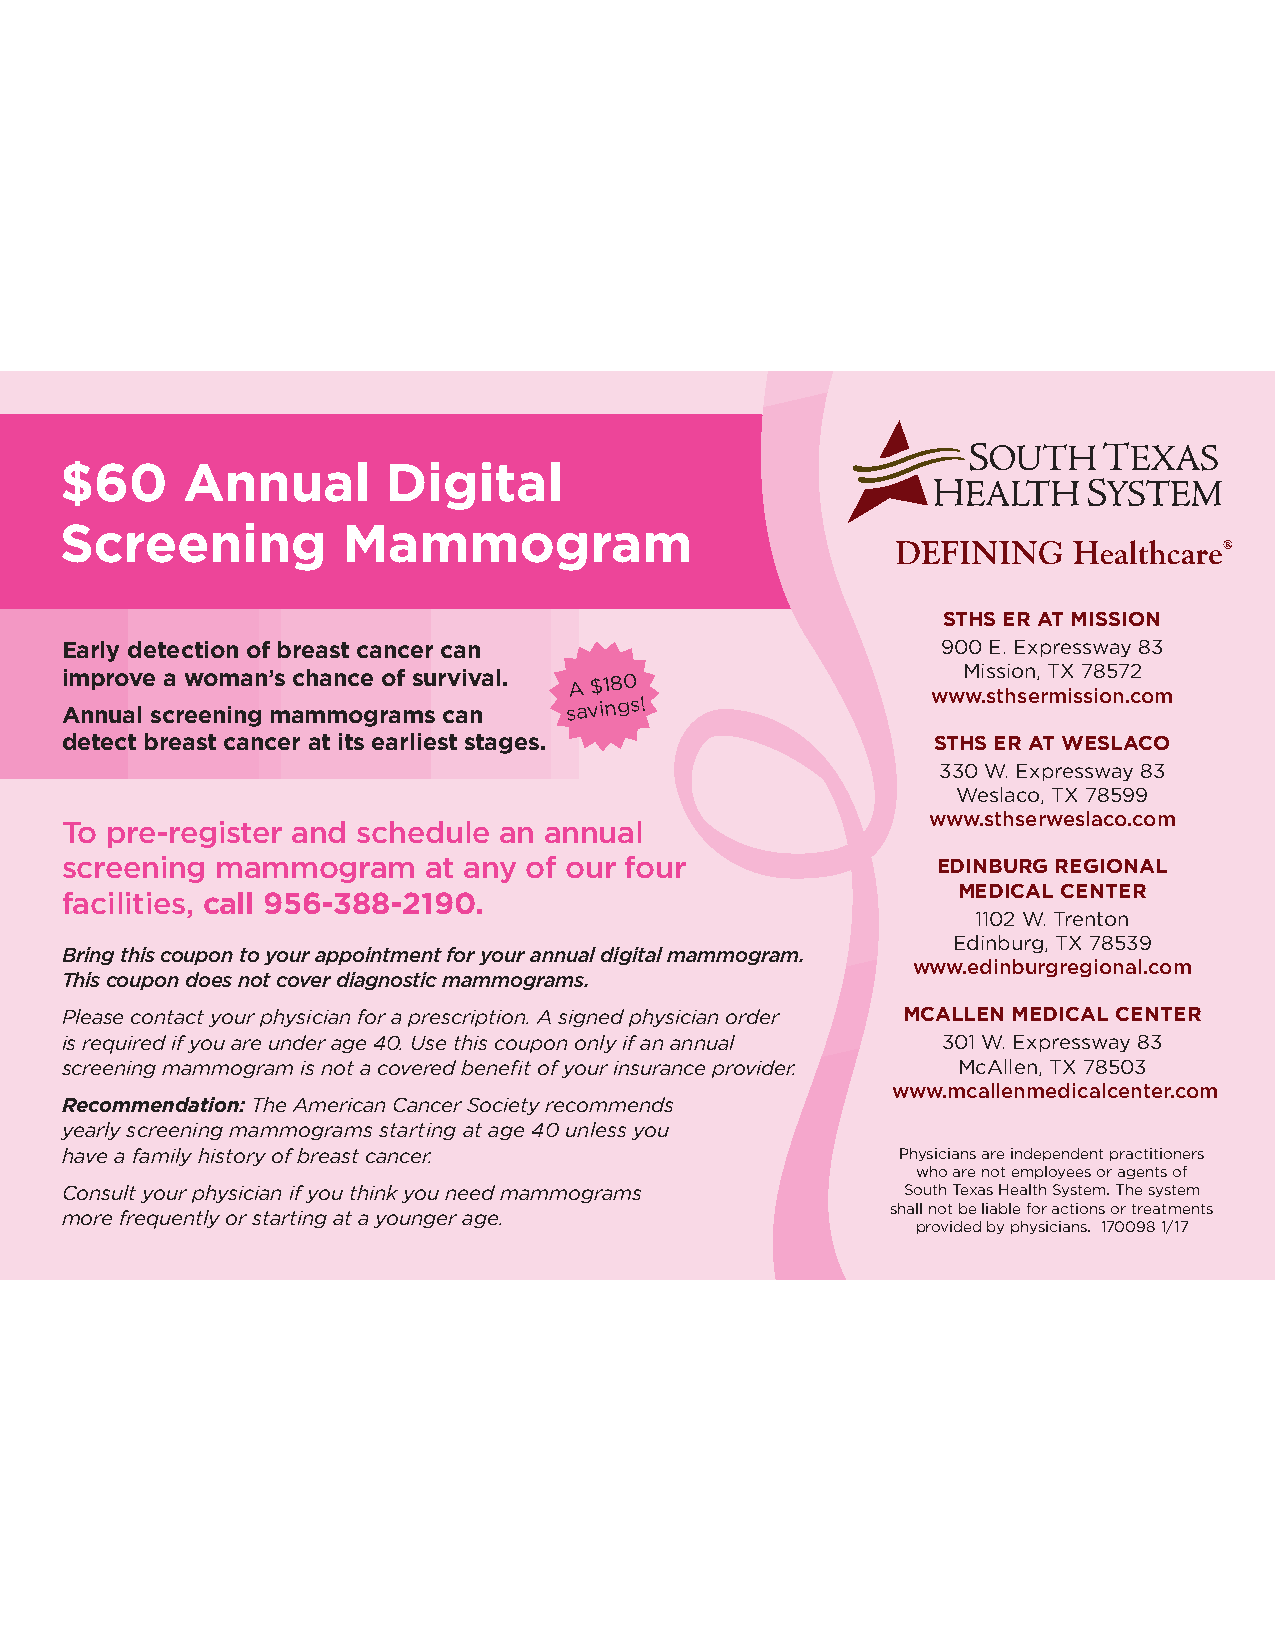
$60     Annual        Digital
 Screening          Mammogram
 STHS ER AT MISSION
 Early detection of breast cancer can                      900 E. Expressway 83
 improve a woman’s chance of survival.
 A
 $180                     Mission, TX 78572
 www.sthsermission.com
 Annual screening mammograms can
 savings!
 detect breast cancer at its earliest stages.              STHS ER AT WESLACO
 330 W. Expressway 83
 Weslaco, TX 78599
 www.sthserweslaco.com
 To pre-register and schedule an annual
 screening mammogram     at any of our four                EDINBURG REGIONAL
 MEDICAL CENTER
 facilities, call 956-388-2190.
 1102 W. Trenton
 Edinburg, TX 78539
 Bring this coupon to your appointment for your annual digital mammogram.
 www.edinburgregional.com
 This coupon does not cover diagnostic mammograms.
 Please contact your physician for a prescription. A signed physician order MCALLEN MEDICAL CENTER
 is required if you are under age 40. Use this coupon only if an annual 301 W. Expressway 83
 screening mammogram is not a covered benefit of your insurance provider. McAllen, TX 78503
 www.mcallenmedicalcenter.com
 Recommendation: The American Cancer Society recommends
 yearly screening mammograms starting at age 40 unless you
 have a family history of breast cancer.                 Physicians are independent practitioners
 who are not employees or agents of
 Consult your physician if you think you need mammograms South Texas Health System. The system
 shall not be liable for actions or treatments
 more frequently or starting at a younger age.
 provided by physicians. 170098 1/17